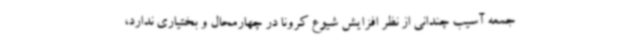
جمعه آسیب چندانی از نظر افزایش شیوع کرونا در چهارمحال و بختیاری ندارد،